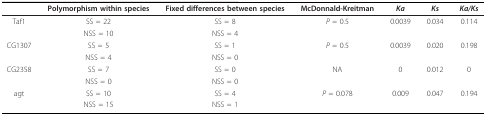
|  | Polymorphism within species | Fixed differences between species | McDonnald-Kreitman | Ka | Ks | Ka/Ks |
 | --- | --- | --- | --- | --- | --- | --- |
 | Taf1 | SS = 22 | SS = 8 | P = 0.5 | 0.0039 | 0.034 | 0.114 |
 |  | NSS = 10 | NSS = 4 |  |  |  |  |
 | CG1307 | SS = 5 | SS = 1 | P = 0.5 | 0.0039 | 0.020 | 0.198 |
 |  | NSS = 4 | NSS = 0 |  |  |  |  |
 | CG2358 | SS = 7 | SS = 0 | NA | 0 | 0.012 | 0 |
 |  | NSS = 0 | NSS = 0 |  |  |  |  |
 | agt | SS = 10 | SS = 4 | P = 0.078 | 0.009 | 0.047 | 0.194 |
 |  | NSS = 15 | NSS = 1 |  |  |  |  |